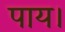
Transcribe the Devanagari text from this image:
पाय।